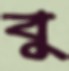
বু